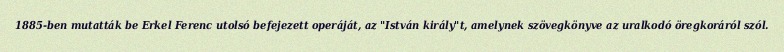
1885-ben mutatták be Erkel Ferenc utolsó befejezett operáját, az "István király"t, amelynek szövegkönyve az uralkodó öregkoráról szól.